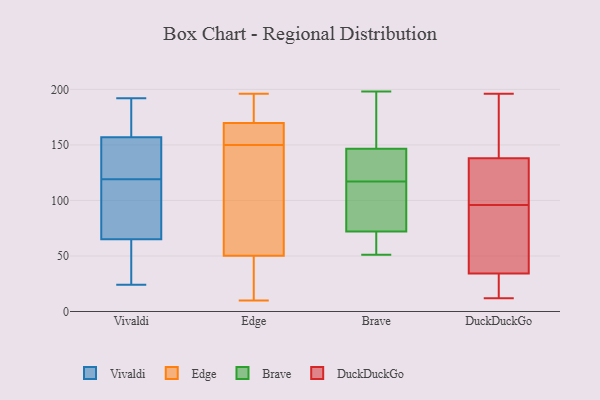
{"axis": {"x": "Gross Profit (USD K)", "y": "Value"}, "legend": ["Brave", "DuckDuckGo", "Edge", "Vivaldi"], "data": [{"x": "", "y": 43, "type": "Vivaldi"}, {"x": "", "y": 66, "type": "Vivaldi"}, {"x": "", "y": 192, "type": "Vivaldi"}, {"x": "", "y": 152, "type": "Vivaldi"}, {"x": "", "y": 141, "type": "Vivaldi"}, {"x": "", "y": 24, "type": "Vivaldi"}, {"x": "", "y": 140, "type": "Vivaldi"}, {"x": "", "y": 179, "type": "Vivaldi"}, {"x": "", "y": 64, "type": "Vivaldi"}, {"x": "", "y": 162, "type": "Vivaldi"}, {"x": "", "y": 69, "type": "Vivaldi"}, {"x": "", "y": 98, "type": "Vivaldi"}, {"x": "", "y": 196, "type": "Edge"}, {"x": "", "y": 52, "type": "Edge"}, {"x": "", "y": 150, "type": "Edge"}, {"x": "", "y": 156, "type": "Edge"}, {"x": "", "y": 178, "type": "Edge"}, {"x": "", "y": 52, "type": "Edge"}, {"x": "", "y": 10, "type": "Edge"}, {"x": "", "y": 45, "type": "Edge"}, {"x": "", "y": 162, "type": "Edge"}, {"x": "", "y": 167, "type": "Edge"}, {"x": "", "y": 179, "type": "Edge"}, {"x": "", "y": 130, "type": "Edge"}, {"x": "", "y": 22, "type": "Edge"}, {"x": "", "y": 117, "type": "Brave"}, {"x": "", "y": 156, "type": "Brave"}, {"x": "", "y": 75, "type": "Brave"}, {"x": "", "y": 129, "type": "Brave"}, {"x": "", "y": 154, "type": "Brave"}, {"x": "", "y": 71, "type": "Brave"}, {"x": "", "y": 51, "type": "Brave"}, {"x": "", "y": 150, "type": "Brave"}, {"x": "", "y": 61, "type": "Brave"}, {"x": "", "y": 136, "type": "Brave"}, {"x": "", "y": 113, "type": "Brave"}, {"x": "", "y": 118, "type": "Brave"}, {"x": "", "y": 69, "type": "Brave"}, {"x": "", "y": 108, "type": "Brave"}, {"x": "", "y": 198, "type": "Brave"}, {"x": "", "y": 51, "type": "DuckDuckGo"}, {"x": "", "y": 134, "type": "DuckDuckGo"}, {"x": "", "y": 163, "type": "DuckDuckGo"}, {"x": "", "y": 35, "type": "DuckDuckGo"}, {"x": "", "y": 42, "type": "DuckDuckGo"}, {"x": "", "y": 96, "type": "DuckDuckGo"}, {"x": "", "y": 111, "type": "DuckDuckGo"}, {"x": "", "y": 196, "type": "DuckDuckGo"}, {"x": "", "y": 131, "type": "DuckDuckGo"}, {"x": "", "y": 32, "type": "DuckDuckGo"}, {"x": "", "y": 22, "type": "DuckDuckGo"}, {"x": "", "y": 12, "type": "DuckDuckGo"}, {"x": "", "y": 150, "type": "DuckDuckGo"}]}